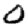
Digit: 0